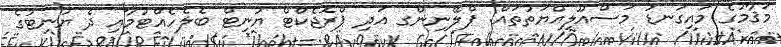
މަޤާމުގެ މައިގަނޑު މަސްއޫލިއްޔަތުތައް: ޕްލޭނިންގ އަދި ޕްރޮޖެކްޓް ޔުނިޓް ބެލެހެއްޓުމާއި ދެ ޔުނިޓުގެ